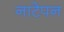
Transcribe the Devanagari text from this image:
नाटेपन